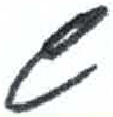
אות: ש